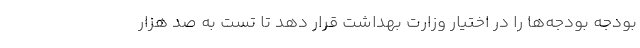
بودجه بودجه‌ها را در اختیار وزارت بهداشت قرار دهد تا تست به صد هزار